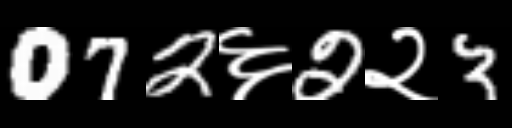
Text: 072६2२3